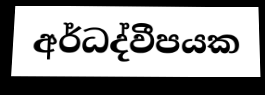
අර්ධද්වීපයක